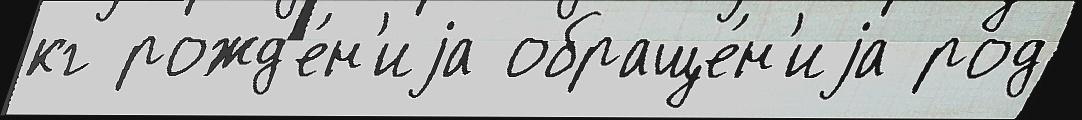
кг рожд'е́н'иjа обраще́н'иjа род